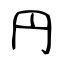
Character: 円